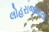
લોહરાજમાતા